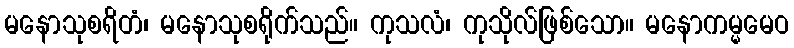
မနောသုစရိတံ၊ မနောသုစရိုက်သည်။ ကုသလံ၊ ကုသိုလ်ဖြစ်သော။ မနောကမ္မမေဝ